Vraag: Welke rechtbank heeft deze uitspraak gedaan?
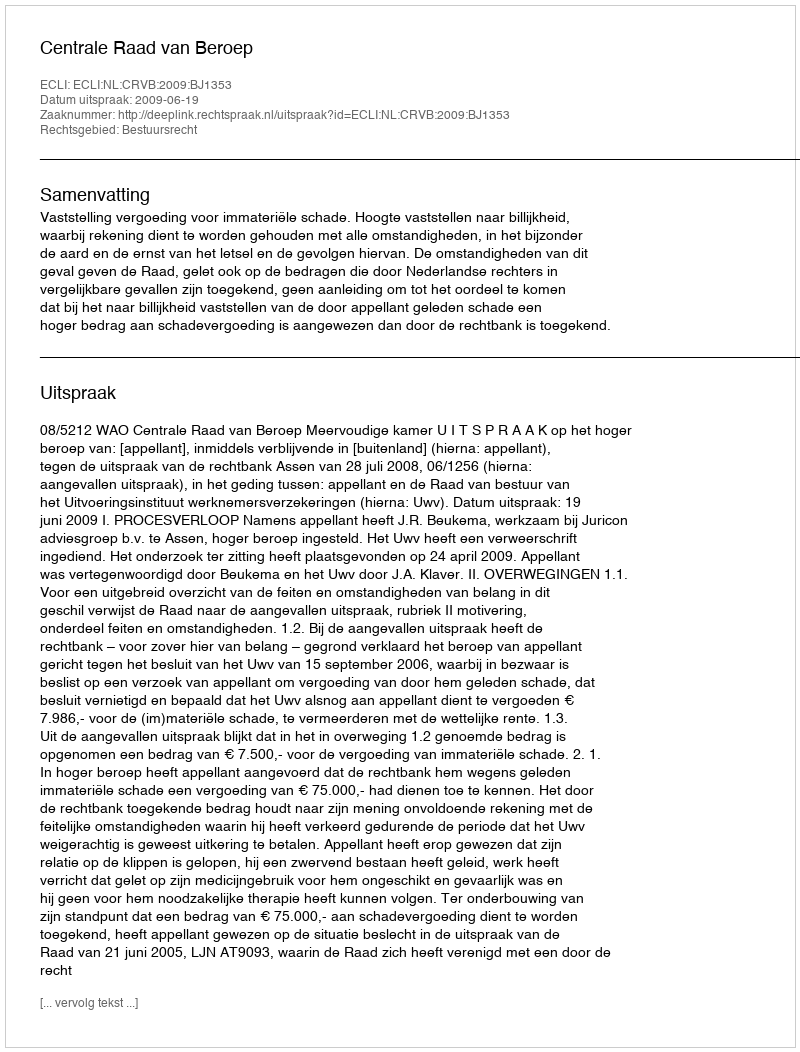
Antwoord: Centrale Raad van Beroep